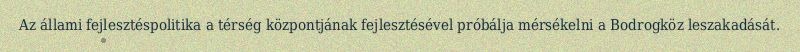
Az állami fejlesztéspolitika a térség központjának fejlesztésével próbálja mérsékelni a Bodrogköz leszakadását.